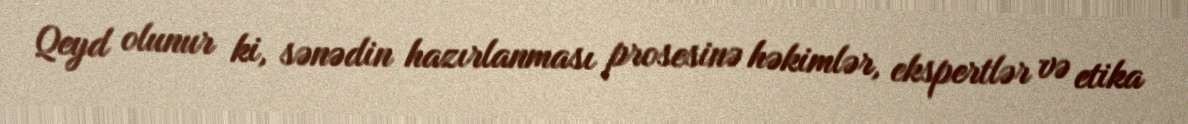
Qeyd olunur ki, sənədin hazırlanması prosesinə həkimlər, ekspertlər və etika